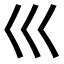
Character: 巛